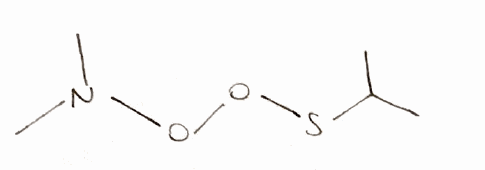
Simplified molecular-input line-entry system (SMILES) notation of the given molecule:
CC(C)SOON(C)C